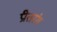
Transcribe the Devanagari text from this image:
प्रीतरंग